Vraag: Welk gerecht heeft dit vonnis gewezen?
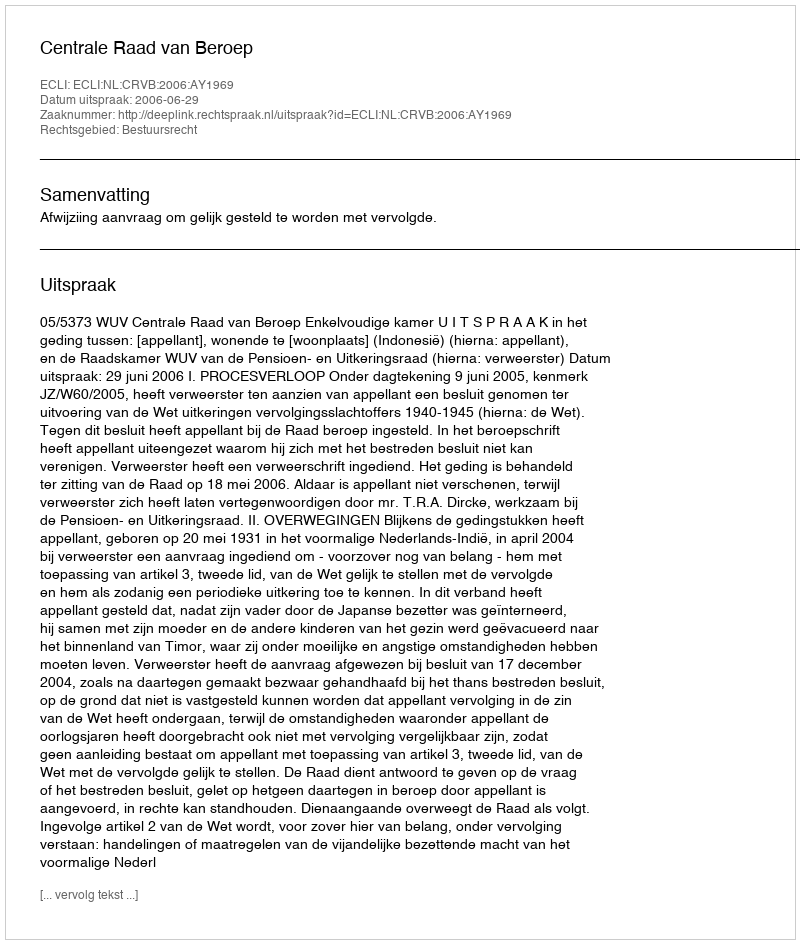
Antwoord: Centrale Raad van Beroep